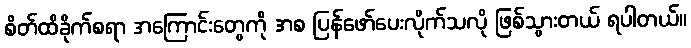
စိတ်ထိခိုက်စရာ အကြောင်းတွေကို အစ ပြန်ဖော်ပေးလိုက်သလို ဖြစ်သွားတယ် ရပါတယ်။